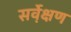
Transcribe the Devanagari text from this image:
सर्वे़क्षण